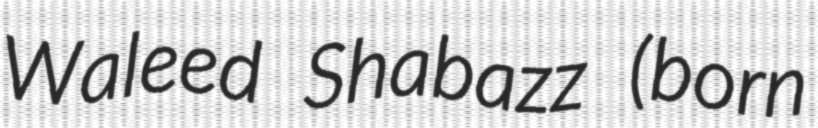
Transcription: Waleed Shabazz (born